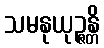
သမနုယုဉ္ဇန္တိ